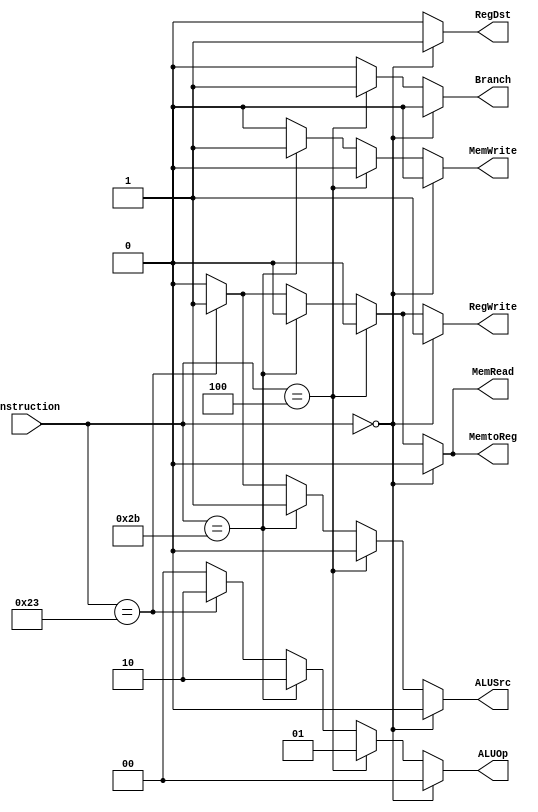
`timescale 1ns / 1ns

module control(
		input [5:0] instruction,
		output reg [1:0] ALUOp,
		output reg MemRead,
		output reg MemtoReg,
		output reg RegDst,
		output reg Branch, 
		output reg ALUSrc,
		output reg MemWrite,
		output reg RegWrite
		);


always @(*) begin
		if (instruction == 6'b00_0000) begin				//RType
		ALUOp = 2'b00;
		MemRead = 1'b0;
		MemtoReg = 1'b0;
		RegDst = 1'b1;
      Branch = 1'b0;		
	   ALUSrc = 1'b0;
		MemWrite = 1'b0;
		RegWrite = 1'b1;
		end else if (instruction == 6'b00_0100) begin   //branch
		ALUOp = 2'b01;
		MemRead = 1'b0;
		MemtoReg = 1'b0;
		RegDst = 1'b0;
      Branch = 1'b1;		
	   ALUSrc = 1'b0;
		MemWrite = 1'b0;
		RegWrite = 1'b0;
		end else if (instruction == 6'b10_1011) begin   // sw
		ALUOp = 2'b10;
		MemRead = 1'b0;
		MemtoReg = 1'b0;
		RegDst = 1'b0;
      Branch = 1'b0;		
	   ALUSrc = 1'b1;
		MemWrite = 1'b1;
		RegWrite = 1'b0;
		end else if (instruction == 6'b10_0011) begin   // lw
		ALUOp = 2'b10;
		MemRead = 1'b1;
		MemtoReg = 1'b1;
		RegDst = 1'b0;
      Branch = 1'b0;		
	   ALUSrc = 1'b1;
		MemWrite = 1'b0;
		RegWrite = 1'b1;
		end else begin
		ALUOp = 2'b00;
		MemRead = 1'b0;
		MemtoReg = 1'b0;
		RegDst = 1'b0;
      Branch = 1'b0;		
	   ALUSrc = 1'b0;
		MemWrite = 1'b0;
		RegWrite = 1'b0;
		end
	
	
end
endmodule